NAE_ERA_R-2324_Eesti_Vabariigi_Pohiseaduslik_Assamblee, lk 157
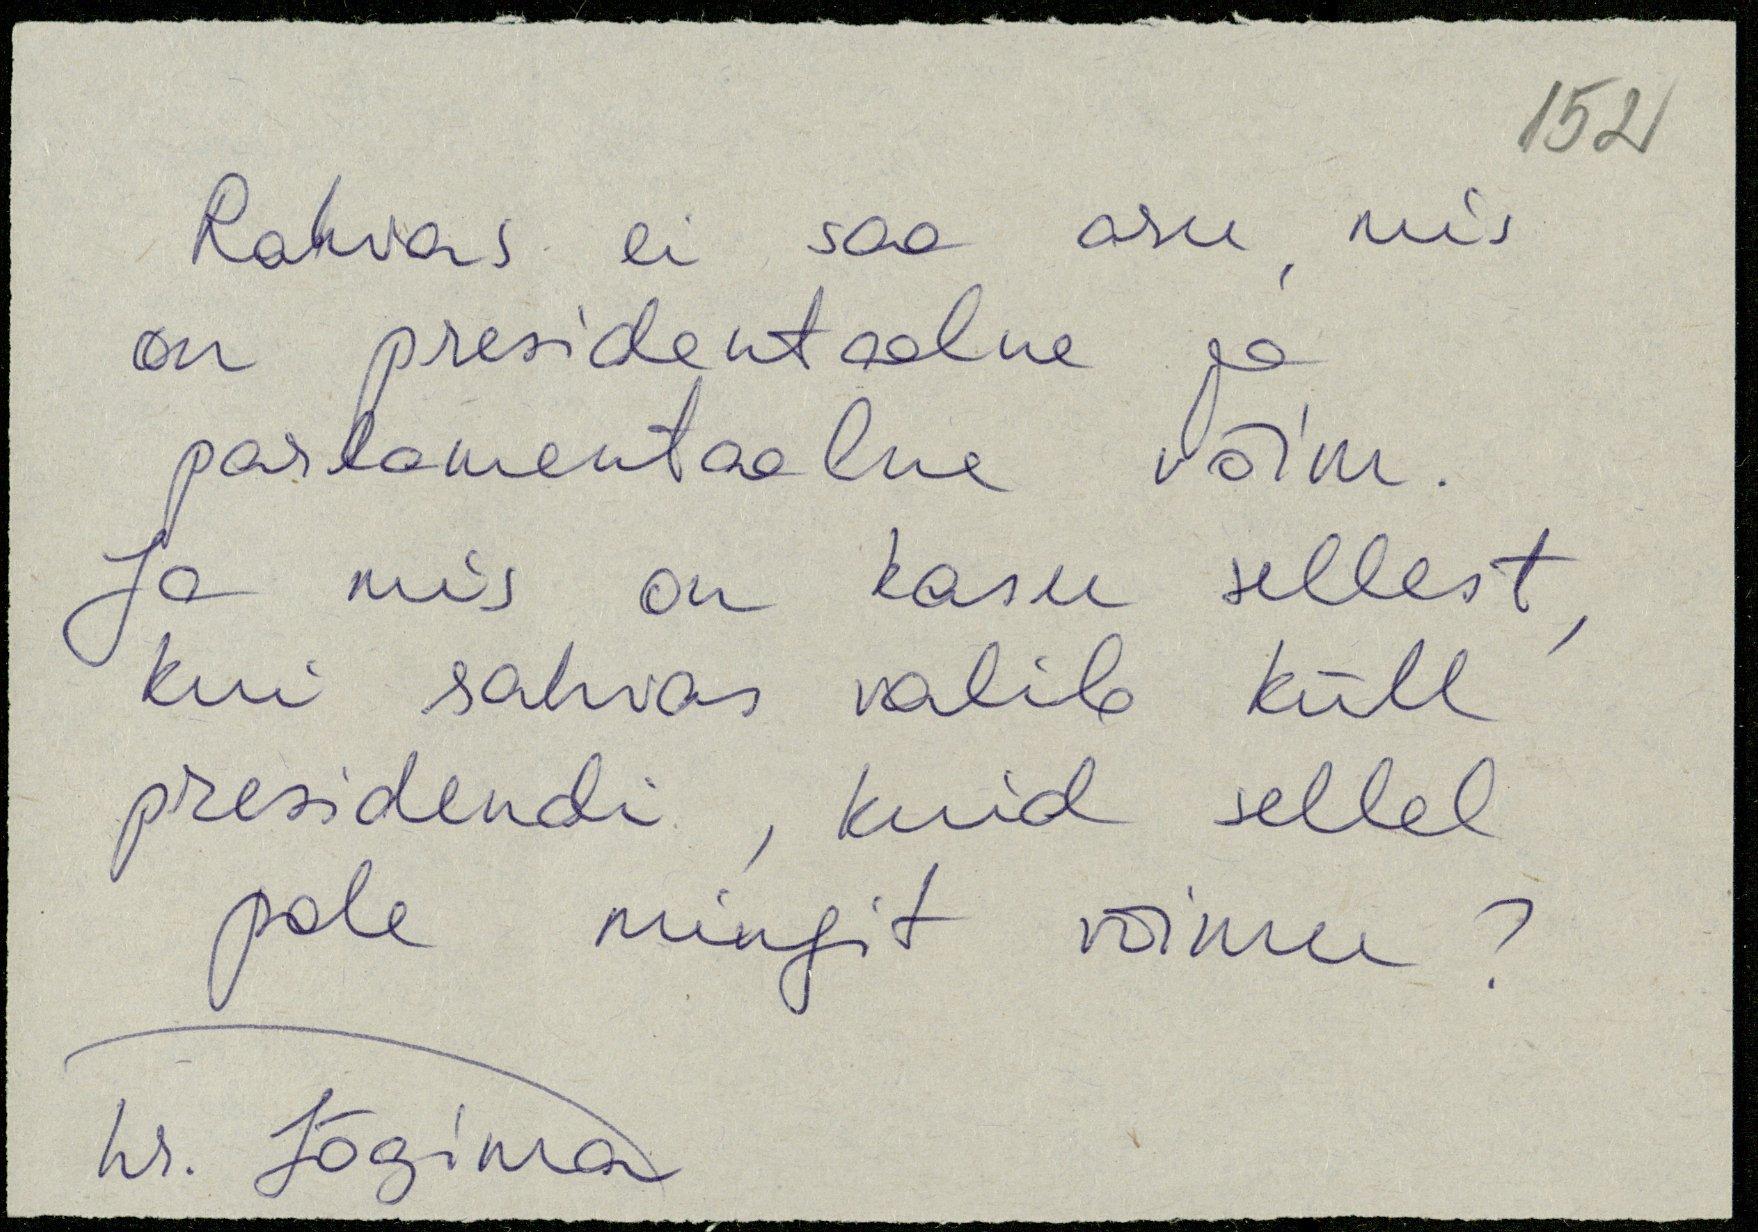
Rahvas ei saa aru mis
on presidentaalne ja
parlamentaalne võim.
Ja mis on tasu sellest
kui rahvas valib küll
presidendi, kuid sellel
pole mingit võimu?
hr. Jõgima